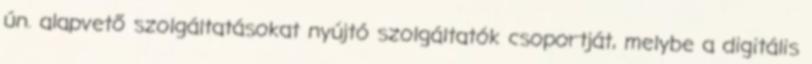
ún. alapvető szolgáltatásokat nyújtó szolgáltatók csoportját, melybe a digitális